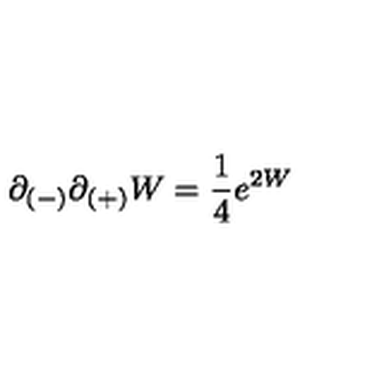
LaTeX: \partial _ { ( - ) } \partial _ { ( + ) } W = { \frac { 1 } { 4 } } e ^ { 2 W }